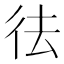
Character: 𭛟